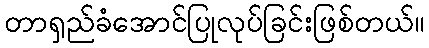
တာရှည်ခံအောင်ပြုလုပ်ခြင်းဖြစ်တယ်။